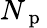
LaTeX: N_{\mathrm{~p~}}